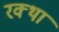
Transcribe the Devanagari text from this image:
रक्था